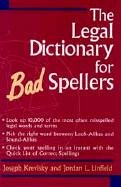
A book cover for The Legal Dictionary for Bad Spellers; Joseph Krevisky; Law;